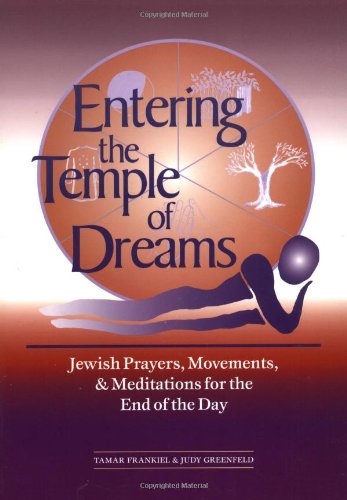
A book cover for Entering the Temple of Dreams: Jewish Prayers, Movements, and Meditations for the End of the Day; Tamar Frankiel PhD; Religion & Spirituality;